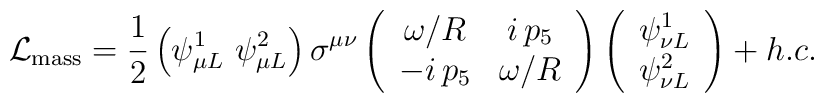
\mathcal L_{\rm mass}=\frac{1}{2}\left(\psi^1_{\mu L}\ \psi^2_{\mu L}\right)\sigma^{\mu\nu}\left(\begin{array}{cc}\omega/R & i\,p_5\\-i\,p_5 &\omega/R\end{array}\right)\left(\begin{array}{c}\psi^1_{\nu L} \\\psi^2_{\nu L}\end{array}\right)+h.c.